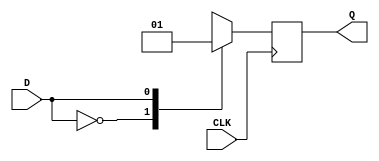
`timescale 1ns / 1ps
//////////////////////////////////////////////////////////////////////////////////
// Company: 
// Engineer: 
// 
// Design Name: 
// Module Name: D_as_SR_JK_T
// Project Name: 
// Target Devices: 
// Tool Versions: 
// Description: 
// 
// Dependencies: 
// 
// Revision:
// Revision 0.01 - File Created
// Additional Comments:
// 
//////////////////////////////////////////////////////////////////////////////////
module D_flipflop(Q,D,CLK);
input D,CLK;
output reg Q;

always @(posedge CLK)
case(D)
1'b0: Q = 1'b0;
1'b1: Q = 1'b1;
//default: Q = 1'b0;
endcase
initial Q = 1'b1;
endmodule
 
module D_as_SR_JK_T(TQ,SRQ,JKQ,S,R,J,K,T,CLK);
input T,S,R,J,K,CLK;
output TQ,SRQ,JKQ;
D_flipflop srff (.Q(SRQ),.D(S|(~R&SRQ)),.CLK(CLK));
D_flipflop jkff (.Q(JKQ),.D(J&(~JKQ) | (~K)&JKQ),.CLK(CLK));
D_flipflop tff (.Q(TQ),.D(T ^ TQ),.CLK(CLK));
endmodule